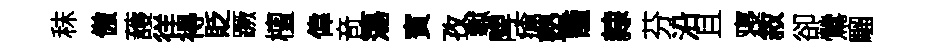
秣傲䕶徉得貶蹶檀偉竒簜賓孜𪩘陴瘡塾籠隸芬沿且寝敘卻鶯騮